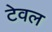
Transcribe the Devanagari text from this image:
टेवल